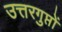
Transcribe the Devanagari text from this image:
उत्तरगुप्तों